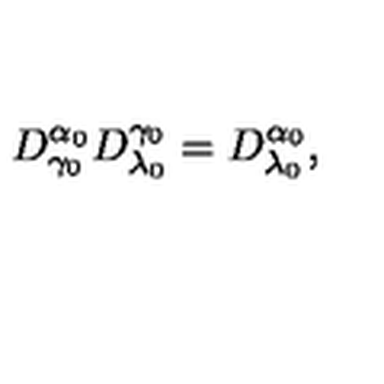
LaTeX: D _ { \gamma _ { 0 } } ^ { \alpha _ { 0 } } D _ { \lambda _ { 0 } } ^ { \gamma _ { 0 } } = D _ { \lambda _ { 0 } } ^ { \alpha _ { 0 } } ,